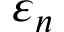
\varepsilon _ { n }